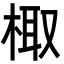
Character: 棷